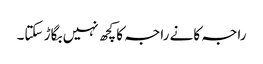
راجہ کانے راجہ کا کچھ نہیں بگاڑ سکتا۔